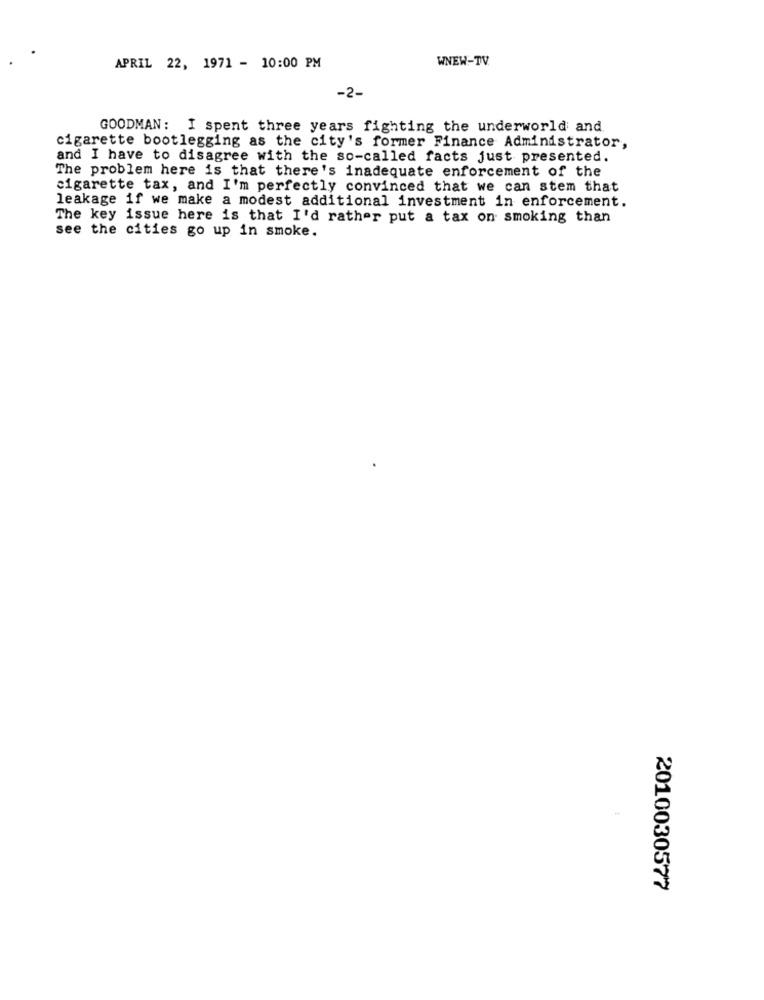
WNEW-TV.
APRIL 22, 1971 - 10:00 PM
-2-
GOODMAN: I spent three years fighting the underworld and.
cigarette bootlegging as the city's former Finance Administrator,
and I have to disagree with the so-called facts just presented.
The problem here is that there's inadequate enforcement of the
cigarette tax, and I'm perfectly convinced that we can stem that
leakage if we make a modest additional investment in enforcement.
The key issue here is that I'd rather put a tax on smoking than
see the cities go up in smoke.
2010030577